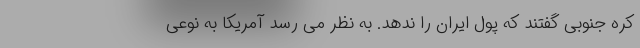
کره جنوبی گفتند که پول ایران را ندهد. به نظر می رسد آمریکا به نوعی